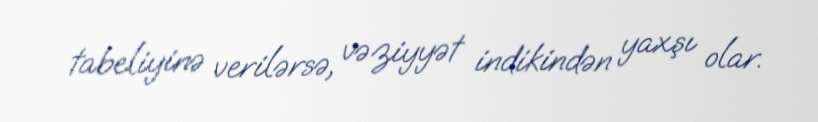
tabeliyinə verilərsə, vəziyyət indikindən yaxşı olar.